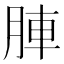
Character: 𮝁